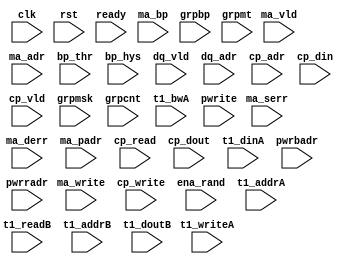
/*
 * Copyright (C) 2011 Memoir Systems Inc. These coded instructions, statements, and computer programs are
 * Confidential Proprietary Information of Memoir Systems Inc. and may not be disclosed to third parties
 * or copied in any form, in whole or in part, without the prior written consent of Memoir Systems Inc.
 * 
 * */

module algo_16m8d_m70_sva_wrap
#(parameter IP_WIDTH = 16, parameter IP_BITWIDTH = 5, parameter IP_DECCBITS = 7, parameter IP_NUMADDR = 16384, parameter IP_BITADDR = 14,
parameter IP_NUMVBNK = 8,      parameter IP_BITVBNK = 3, parameter IP_BITPBNK = 3,
parameter IP_ENAECC = 0, parameter IP_ENAPAR = 0, parameter IP_SECCBITS = 5, parameter IP_SECCDWIDTH = 11,
parameter FLOPECC = 0, parameter FLOPIN = 1, parameter FLOPOUT = 1, parameter FLOPCMD = 0, parameter FLOPMEM = 0,
parameter IP_REFRESH = 1, parameter IP_REFFREQ = 6,  parameter IP_REFFRHF = 0,
parameter T1_WIDTH = 16, parameter T1_NUMVBNK = 16, parameter T1_BITVBNK = 3, parameter T1_DELAY = 2, parameter T1_NUMVROW = 2048, parameter T1_BITVROW = 11,
parameter T1_BITWSPF = 0, parameter T1_NUMWRDS = 1, parameter T1_BITWRDS = 0, parameter T1_NUMSROW = 2048, parameter T1_BITSROW = 11, parameter T1_PHYWDTH = 16)
( clk,rst, ready,
  ma_write, ma_vld,	ma_adr, ma_bp, ma_serr, ma_derr, ma_padr, bp_thr, bp_hys,
  dq_vld, dq_adr,
  cp_read, cp_write, cp_adr, cp_din, cp_vld, cp_dout,
  grpmsk, grpbp, grpcnt, grpmt, ena_rand,
  t1_writeA, t1_addrA, t1_dinA, t1_bwA,
  t1_readB, t1_addrB, t1_doutB ,
  pwrite, pwrbadr, pwrradr);

// MEMOIR_TRANSLATE_OFF

  parameter NUMMAPT = 16;
  parameter NUMDQPT = 8;
  parameter NUMEGPT = 4;
  
  parameter T1_INST = T1_NUMVBNK;
  
  parameter WIDTH = IP_WIDTH;
  parameter BITWDTH = IP_BITWIDTH;
  parameter NUMADDR = IP_NUMADDR;
  parameter BITADDR = IP_BITADDR;
  
  parameter NUMVROW = T1_NUMVROW;  // ALGO1 Parameters
  parameter BITVROW = T1_BITVROW;
  parameter NUMVBNK = IP_NUMVBNK;
  parameter BITVBNK = IP_BITVBNK;
  
  parameter NUMWRDS = T1_NUMWRDS;     // ALIGN Parameters
  parameter BITWRDS = T1_BITWRDS;
  parameter NUMSROW = T1_NUMSROW;
  parameter BITSROW = T1_BITSROW;
  
  parameter ECCBITS = IP_SECCBITS;
  parameter SRAM_DELAY = T1_DELAY;
  
  parameter MEMWDTH = WIDTH;
  parameter PHYWDTH = NUMWRDS*MEMWDTH;
  parameter NUMGRPW = 1; //SJ
  parameter GRPWDTH = PHYWDTH/NUMGRPW;
  parameter NUMGRPF = 1;
  parameter NUMGRPD = (NUMGRPW%NUMGRPF) ? ((NUMGRPW-(NUMGRPW%NUMGRPF))/NUMGRPF)+1 : NUMGRPW/NUMGRPF;
  parameter BITPADR = BITVBNK+BITSROW+BITWRDS+1;
  parameter SDOUT_WIDTH = BITVROW+ECCBITS;
//  parameter SDOUT_WIDTH = BITVROW;

  parameter BITCPAD = 2+3+5;
  parameter CPUWDTH = 54;

input clk; input rst;
input ready; 

input  [NUMMAPT - 1:0]				ma_write; 
input  [NUMMAPT - 1:0] 		ma_vld; 
input  [NUMMAPT* BITADDR - 1:0] 	ma_adr; 
input  [NUMMAPT - 1:0]				ma_bp; 
input  [NUMMAPT - 1:0]                         ma_serr;
input  [NUMMAPT - 1:0]                         ma_derr;
input  [NUMMAPT* (BITVROW+2) - 1:0]            ma_padr;
input [BITVROW:0]				bp_thr;
input [BITVROW:0]				bp_hys;

input  [NUMDQPT - 1:0]			dq_vld;
input  [NUMDQPT* BITADDR - 1:0]		dq_adr;

input                                   cp_read;
input                                   cp_write;
input [BITCPAD-1:0]                     cp_adr;
input [CPUWDTH-1:0]                     cp_din;
input                                  cp_vld;
input [CPUWDTH-1:0]                    cp_dout;

input  [NUMMAPT*NUMVBNK - 1:0]          grpmsk;
input  [NUMMAPT*NUMVBNK - 1:0]          grpbp;
input  [NUMMAPT*(BITVBNK+1) - 1:0]      grpcnt;
input [NUMVBNK - 1:0]                  grpmt;
input                                   ena_rand;

input [(NUMMAPT)-1:0] pwrite ;
input [((NUMMAPT)*BITVBNK)-1:0] pwrbadr;
input [((NUMMAPT)*BITVROW)-1:0] pwrradr;

input [T1_INST - 1:0] t1_writeA; 
input [T1_INST*BITVROW - 1:0] t1_addrA; 
input [T1_INST*SDOUT_WIDTH - 1:0] t1_dinA; 
input [T1_INST*SDOUT_WIDTH - 1:0] t1_bwA;

input [T1_INST - 1:0] t1_readB; 
input [T1_INST*BITVROW - 1:0] t1_addrB; 
input  [T1_INST*SDOUT_WIDTH - 1:0] t1_doutB;

wire ready_int;
reg  H2O_2R1W4M2D_M73_3_3_7208M  ;
assign ready=((H2O_2R1W4M2D_M73_3_3_7208M & ready_int));
always @(posedge clk)begin
 H2O_2R1W4M2D_M73_3_3_7208M  = ready_int ;
end

// MEMOIR_TRANSLATE_ON

endmodule    //algo_4r2w4m4d_m69_top_wrap